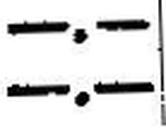
—.—